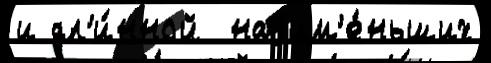
и дл'и́нной  наjим'е́ньших